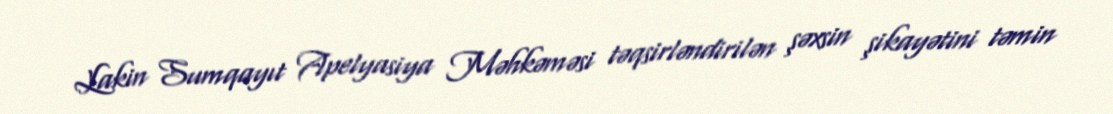
Lakin Sumqayıt Apelyasiya Məhkəməsi təqsirləndirilən şəxsin şikayətini təmin